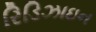
રિડિઝાઇન